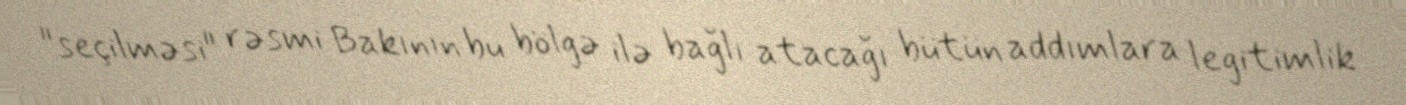
"seçilməsi" rəsmi Bakının bu bölgə ilə bağlı atacağı bütün addımlara legitimlik